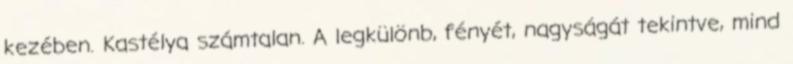
kezében. Kastélya számtalan. A legkülönb, fényét, nagyságát tekintve, mind